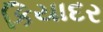
કિયાદર